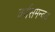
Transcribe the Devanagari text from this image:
वर्णसमन्वय